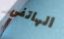
الهاتفي